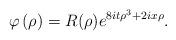
LaTeX: \begin{align*}\varphi\left( \rho\right) =R(\rho)e^{8it\rho^{3}+2ix\rho}.\end{align*}